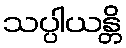
သပ္ပါယန္တိ